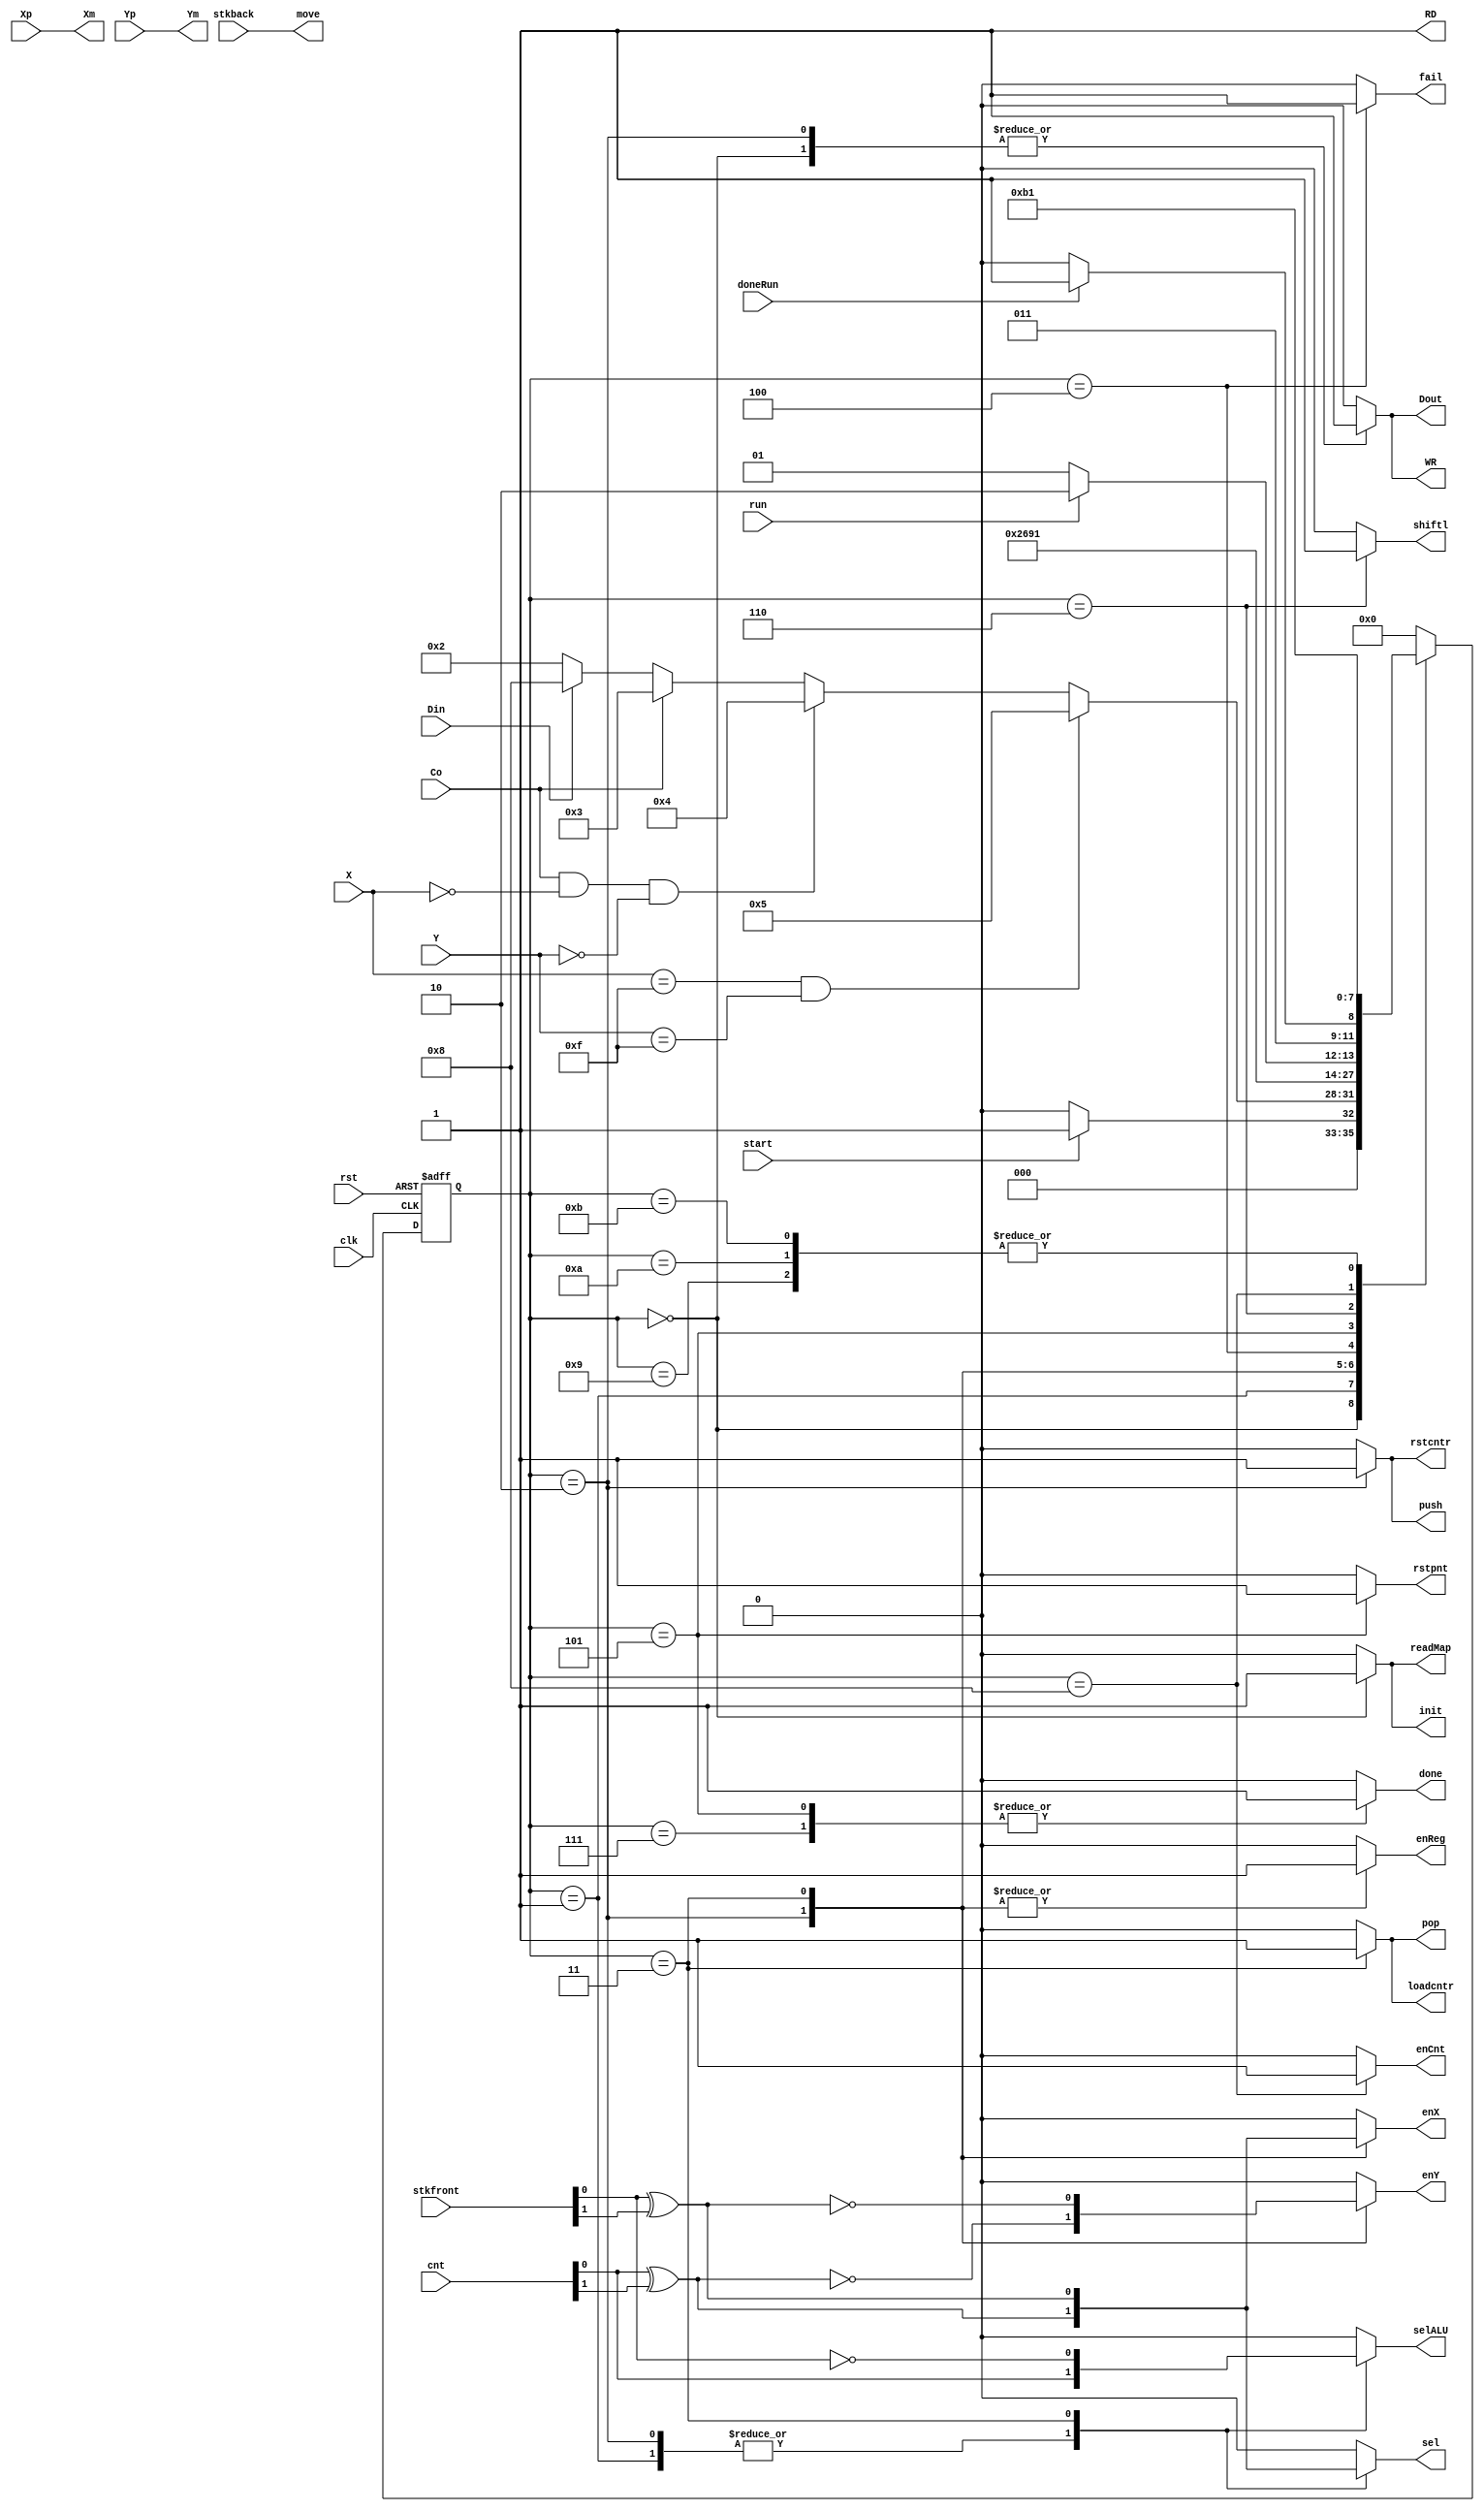
`define S0 4'b0000

`define S1 4'b0001

`define S2 4'b0010

`define S3 4'b0011

`define S4 4'b0100

`define S5 4'b0101

`define S6 4'b0110

`define S7 4'b0111

`define S8 4'b1000

`define S9 4'b1001

`define S10 4'b1010

`define S11 4'b1011

module controller(X, Y, Xp, Yp, Co, cnt, stkfront, stkback, doneRun, Din, start, run, clk, rst, fail, done, move,
       push, pop, shiftl, rstcntr, rstpnt, loadcntr, sel, selALU, enX, enY, enReg, enCnt, init, RD, WR, Xm, Ym, Dout, readMap);

input[4:0] X, Y, Xp, Yp;

input[1:0] cnt, stkfront, stkback;

input Co, doneRun, Din, start, run, clk, rst;

output fail, done, push, pop, shiftl, rstcntr, rstpnt, loadcntr, sel, selALU, enX, enY, enReg, enCnt, init, RD, WR, Dout, readMap;

output [1:0] move;

output[4:0] Xm, Ym;

reg fail, done, push, pop, shiftl, rstcntr, rstpnt, loadcntr, sel, selALU, enX, enY, enReg, enCnt, init, WR, Dout, readMap;

reg RD = 1'b1;

reg [3:0] ps, ns;



assign Xm = Xp;

assign Ym = Yp;



always@(posedge clk or posedge rst) begin

 if(rst)

  ps = `S0;

 else

  ps = ns;

end



always@(ps or start or Din or Co or X or Y or run or doneRun) begin

 ns = `S0;

 case(ps)

  `S0: ns = start? `S1:`S0;

  `S1: begin

   if (X == 15 & Y == 15) ns = `S5;

   else if (Co == 1 & X == 0 & Y == 0) ns = `S4;

   else if (Co == 1) ns = `S3;

   else if (Din) ns = `S8;

   else ns = `S2;

  end

  `S2: ns = `S9;

  `S3: ns = `S10;

  `S4: ns = `S4;

  `S5: ns = run? `S6:`S5;

  `S6: ns = doneRun? `S7:`S6;

  `S7: ns = `S0;

  `S8: ns = `S11;

  `S9: ns = `S1;

  `S10: ns = `S1;

  `S11: ns = `S1;

 endcase

end



always@(ps) begin

 {fail, done, push, pop, shiftl, rstcntr, rstpnt, loadcntr, sel, selALU, enX, enY, enReg, enCnt, init, WR, Dout, readMap} = 18'b0;

 case(ps)

  `S0: begin init = 1; Dout = 1; WR = 1; readMap = 1; end

  `S1: begin sel = cnt[0]^cnt[1]; selALU = cnt[0]; end

  `S2: begin push = 1; rstcntr = 1; sel = cnt[0] ^ cnt[1]; selALU = cnt[0];

      Dout = 1; enX = sel; enY = ~sel; WR = 1; enReg = 1; end

  `S3: begin pop = 1; loadcntr = 1; sel = stkfront[0] ^ stkfront[1]; enX = sel;

      enY = ~sel; selALU = ~stkfront[0]; enReg = 1; end

  `S4: begin fail = 1; end

  `S5: begin done = 1; rstpnt = 1; end

  `S6: begin shiftl = 1; $display("%b", stkback); end

  `S7: begin done = 1; end

  `S8: begin enCnt = 1; end

 endcase

end

assign move = stkback;

endmodule